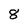
Character: 8